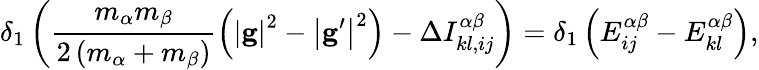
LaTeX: \delta_{1}\left(\frac{m_{\alpha}m_{\beta}}{2\left(m_{\alpha}+m_{\beta}\right)}\left(\left\vert\mathbf{g}\right\vert^{2}-\left\vert\mathbf{g}^{\prime}\right\vert^{2}\right)-\Delta I_{kl,ij}^{\alpha\beta}\right)=\delta_{1}\left(E_{ij}^{\alpha\beta}-E_{kl}^{\alpha\beta}\right),